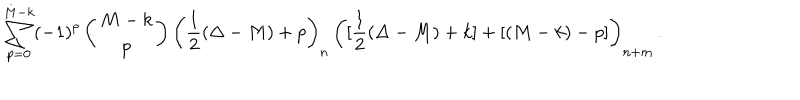
LaTeX: \sum _ { p = 0 } ^ { M - k } ( - 1 ) ^ { p } \left( \begin{matrix} { { M - k } } \\ { { p } } \\ \end{matrix} \right) \biggl ( \frac { 1 } { 2 } ( \Delta - M ) + p \biggr ) _ { n } \, \biggl ( [ \frac { 1 } { 2 } ( \Delta - M ) + k ] + [ ( M - k ) - p ] \biggr ) _ { n + m } \, .